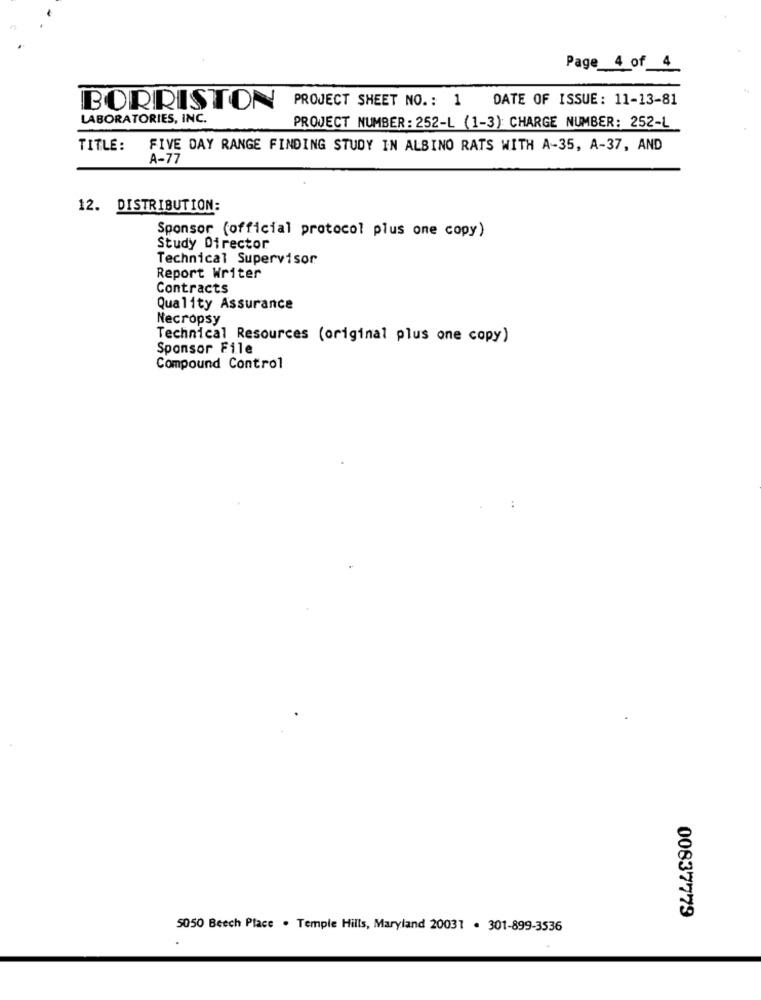
Page 4 of 4
PROJECT SHEET NO .: 1
DATE OF ISSUE: 11-13-81
BORRISTON
LABORATORIES, INC.
PROJECT NUMBER: 252-L (1-3) CHARGE NUMBER: 252-L
TITLE:
FIVE DAY RANGE FINDING STUDY IN ALBINO RATS WITH A-35, A-37, AND
A-77
12. DISTRIBUTION:
Sponsor (official protocol plus one copy)
Study Director
Technical Supervisor
Report Writer
Contracts
Quality Assurance
Necropsy
Technical Resources (original plus one copy)
Sponsor File
Compound Control
00837779
5050 Beech Place . Temple Hills, Maryland 20031 . 301-899-3536